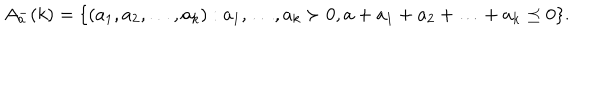
A _ { a } ^ { - } ( k ) = \{ ( a _ { 1 } , a _ { 2 } , \ldots , a _ { k } ) : a _ { 1 } , \ldots , a _ { k } \succ 0 , a + a _ { 1 } + a _ { 2 } + \ldots + a _ { k } \preceq 0 \} .